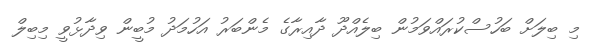
މި ބިލަށް ބަހުސްކުރައްވަމުން ބިލެއްދޫ ދާއިރާގެ މެންބަރު އަހުމަދު މުބީން ވިދާޅުވީ މިބިލް